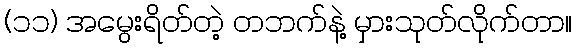
(၁၁) အမွေးရိတ်တဲ့ တဘက်နဲ့ မှားသုတ်လိုက်တာ။